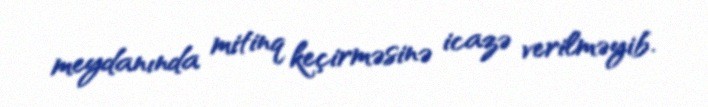
meydanında mitinq keçirməsinə icazə verilməyib.